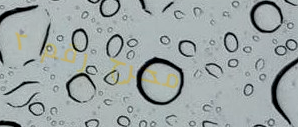
مخرج رقم ٢